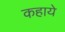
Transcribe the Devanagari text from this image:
कहाये